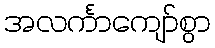
အလင်္ကာကျော်စွာ